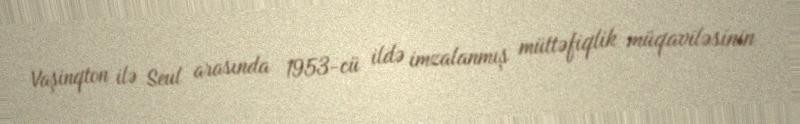
Vaşinqton ilə Seul arasında 1953-cü ildə imzalanmış müttəfiqlik müqaviləsinin